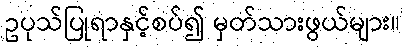
ဥပုသ်ပြုရာနှင့်စပ်၍ မှတ်သားဖွယ်များ။